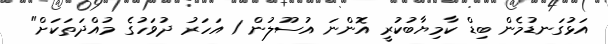
އަޅުގަނޑުމެން ބިޑް ކާމިޔާބުކުރީ އޮންނަ އުސޫލުން 1 އަހަރު ދުވަހުގެ މުއްދަތަކަށް"